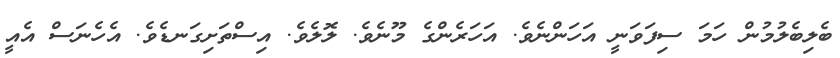
ބެލިބެލުމުން ހަމަ ސިފަވަނީ އަހަންނެވެ. އަހަރެންގެ މޫނެވެ. ލޮލެވެ. އިސްތަށިގަނޑެވެ. އެހެނަސް އެއީ